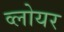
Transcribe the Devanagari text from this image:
व्लोयर